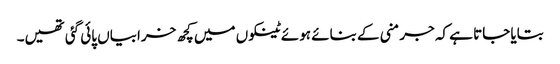
بتایا جاتا ہے کہ جرمنی کے بنائے ہوئے ٹینکوں میں کچھ خرابیاں پائی گئی تھیں۔